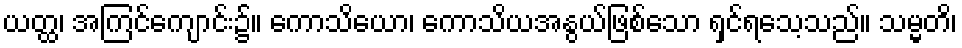
ယတ္ထ၊ အကြင်ကျောင်း၌။ ကောသိယော၊ ကောသိယအနွယ်ဖြစ်သော ရှင်ရသေ့သည်။ သမ္မတိ၊